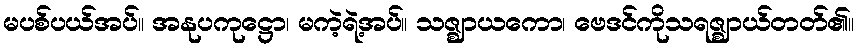
မပစ်ပယ်အပ်။ အနုပကုဋ္ဌော၊ မကဲ့ရဲ့အပ်။ သဇ္ဈာယကော၊ ဗေဒင်ကိုသရဇ္ဈာယ်တတ်၏။